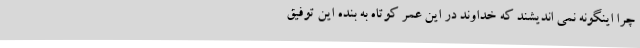
چرا اینگونه نمی اندیشند که خداوند در این عمر کوتاه به بنده این توفیق